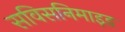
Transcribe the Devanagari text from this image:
सविसनिमाइड